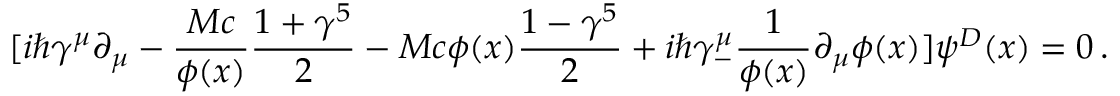
[ i \hbar \gamma ^ { \mu } \partial _ { \mu } - { \frac { M c } { \phi ( x ) } } { \frac { 1 + \gamma ^ { 5 } } { 2 } } - M c \phi ( x ) { \frac { 1 - \gamma ^ { 5 } } { 2 } } + i \hbar \gamma _ { - } ^ { \mu } { \frac { 1 } { \phi ( x ) } } \partial _ { \mu } \phi ( x ) ] \psi ^ { D } ( x ) = 0 \, .